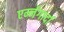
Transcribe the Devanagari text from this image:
एर्म्नगार्दा